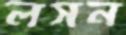
লসন